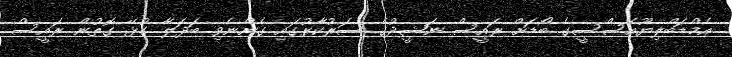
އެމްޑަބްލިޔޫއެސްސީގެ ބޯޑަށް ރައީސް ނަޝީދުގެ ސަރުކާރުގައި ގެންނެވި ބަދަލާ ގުޅޭ ގޮތުން ރައީސް